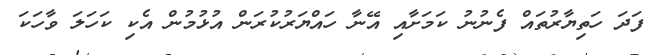
ފަދަ ހަތިޔާރުތައް ފެނުނު ކަމަށާއި އޭނާ ހައްޔަރުކުރަން އުޅުމުން އެކި ކަހަލަ ވާހަކަ